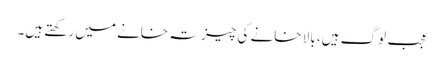
عجب لوگ ہیں، بالا خانے کی چیز تہ خانے میں رکھتے ہیں۔